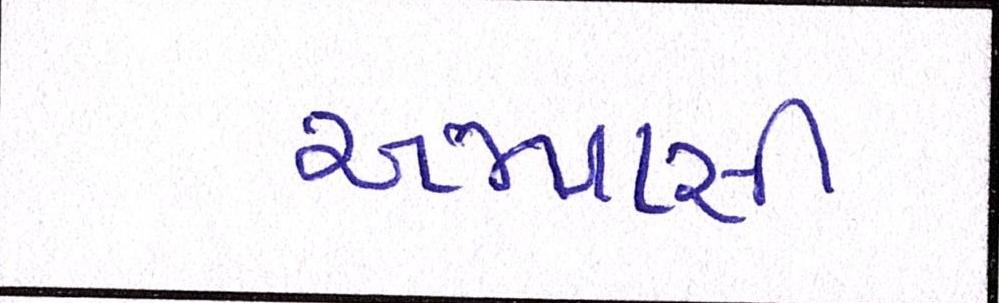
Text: અભ્યાસી